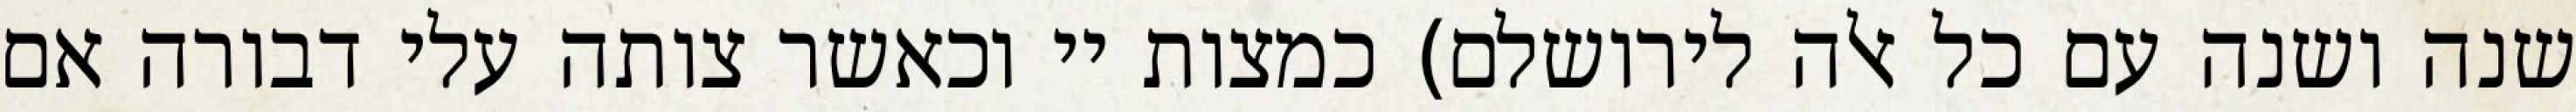
שנה ושנה עם כל אלה לירושלם) כמצות יי וכאשר צותה עלי דבורה אם